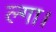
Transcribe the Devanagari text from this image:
ल्गा।